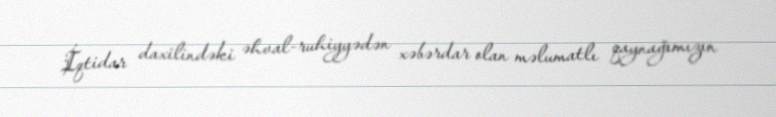
İqtidar daxilindəki əhval-ruhiyyədən xəbərdar olan məlumatlı qaynağımızın